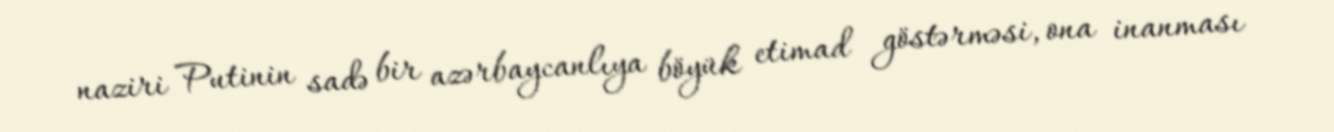
naziri Putinin sadə bir azərbaycanlıya böyük etimad göstərməsi, ona inanması